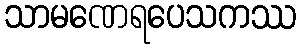
သာမဏေရပေသကဿ